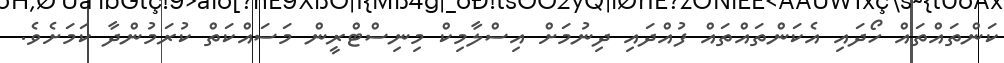
ކަންތައްތައް ހޯދައި އެކަންތައްތައް ފުއްދައި ދިނުމަށް އިސްލާމިކް މިނިސްޓްރީން މަސައްކަތް ކުރަމުންދާ ކަމަށެވެ.